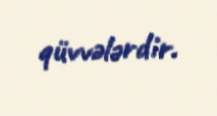
qüvvələrdir.